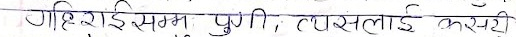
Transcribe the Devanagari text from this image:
गहिराई सम्म पुगी, त्यसलाई कसरी